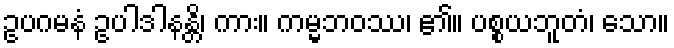
ဥပဂမနံ ဥပါဒါနန္တိ၊ ကား။ ကမ္မဘဝဿ၊ ၏။ ပစ္စယဘူတံ၊ သော။